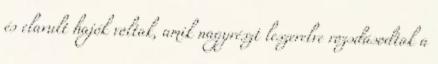
és elavult hajók voltak, amik nagyrészt leszerelve rozsdásodtak a